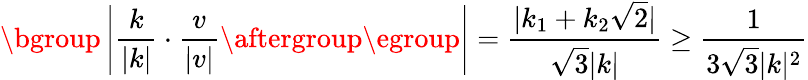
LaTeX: \mathopen{}\mathclose\bgroup\left|\frac{k}{|k|}\cdot\frac{v}{|v|}\aftergroup\egroup\right|=\frac{|k_{1}+k_{2}\sqrt{2}|}{\sqrt{3}|k|}\geq\frac{1}{3\sqrt{3}|k|^{2}}